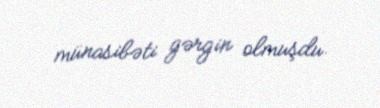
münasibəti gərgin olmuşdu.